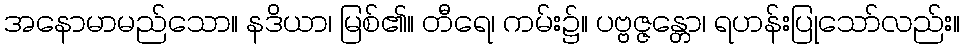
အနောမာမည်သော။ နဒိယာ၊ မြစ်၏။ တီရေ၊ ကမ်း၌။ ပဗ္ဗဇ္ဇန္တော၊ ရဟန်းပြုသော်လည်း။